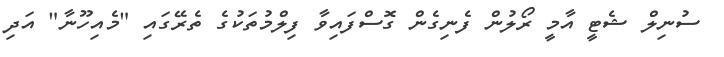
ސުނިލް ޝެޓީ އާމީ ރޯލުން ފެނިގެން ގޮސްފައިވާ ފިލްމުތަކުގެ ތެރޭގައި "މެއިހޫނާ" އަދި